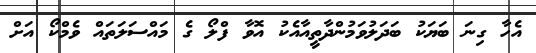
އެހާ ގިނަ ބަޔަކު ބަދަލުވަމުންދާތީއާއެކު އޮވާ ފްލޯ ގެ މައްސަލަތައް ވެމްކޯ އަށް